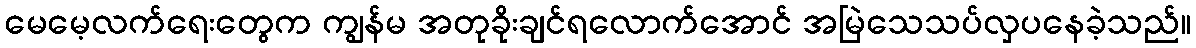
မေမေ့လက်ရေးတွေက ကျွန်မ အတုခိုးချင်ရလောက်အောင် အမြဲသေသပ်လှပနေခဲ့သည်။